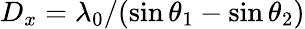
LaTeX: D_{x}=\lambda_{0}/(\sin\theta_{1}-\sin\theta_{2})